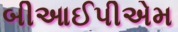
બીઆઈપીએમ